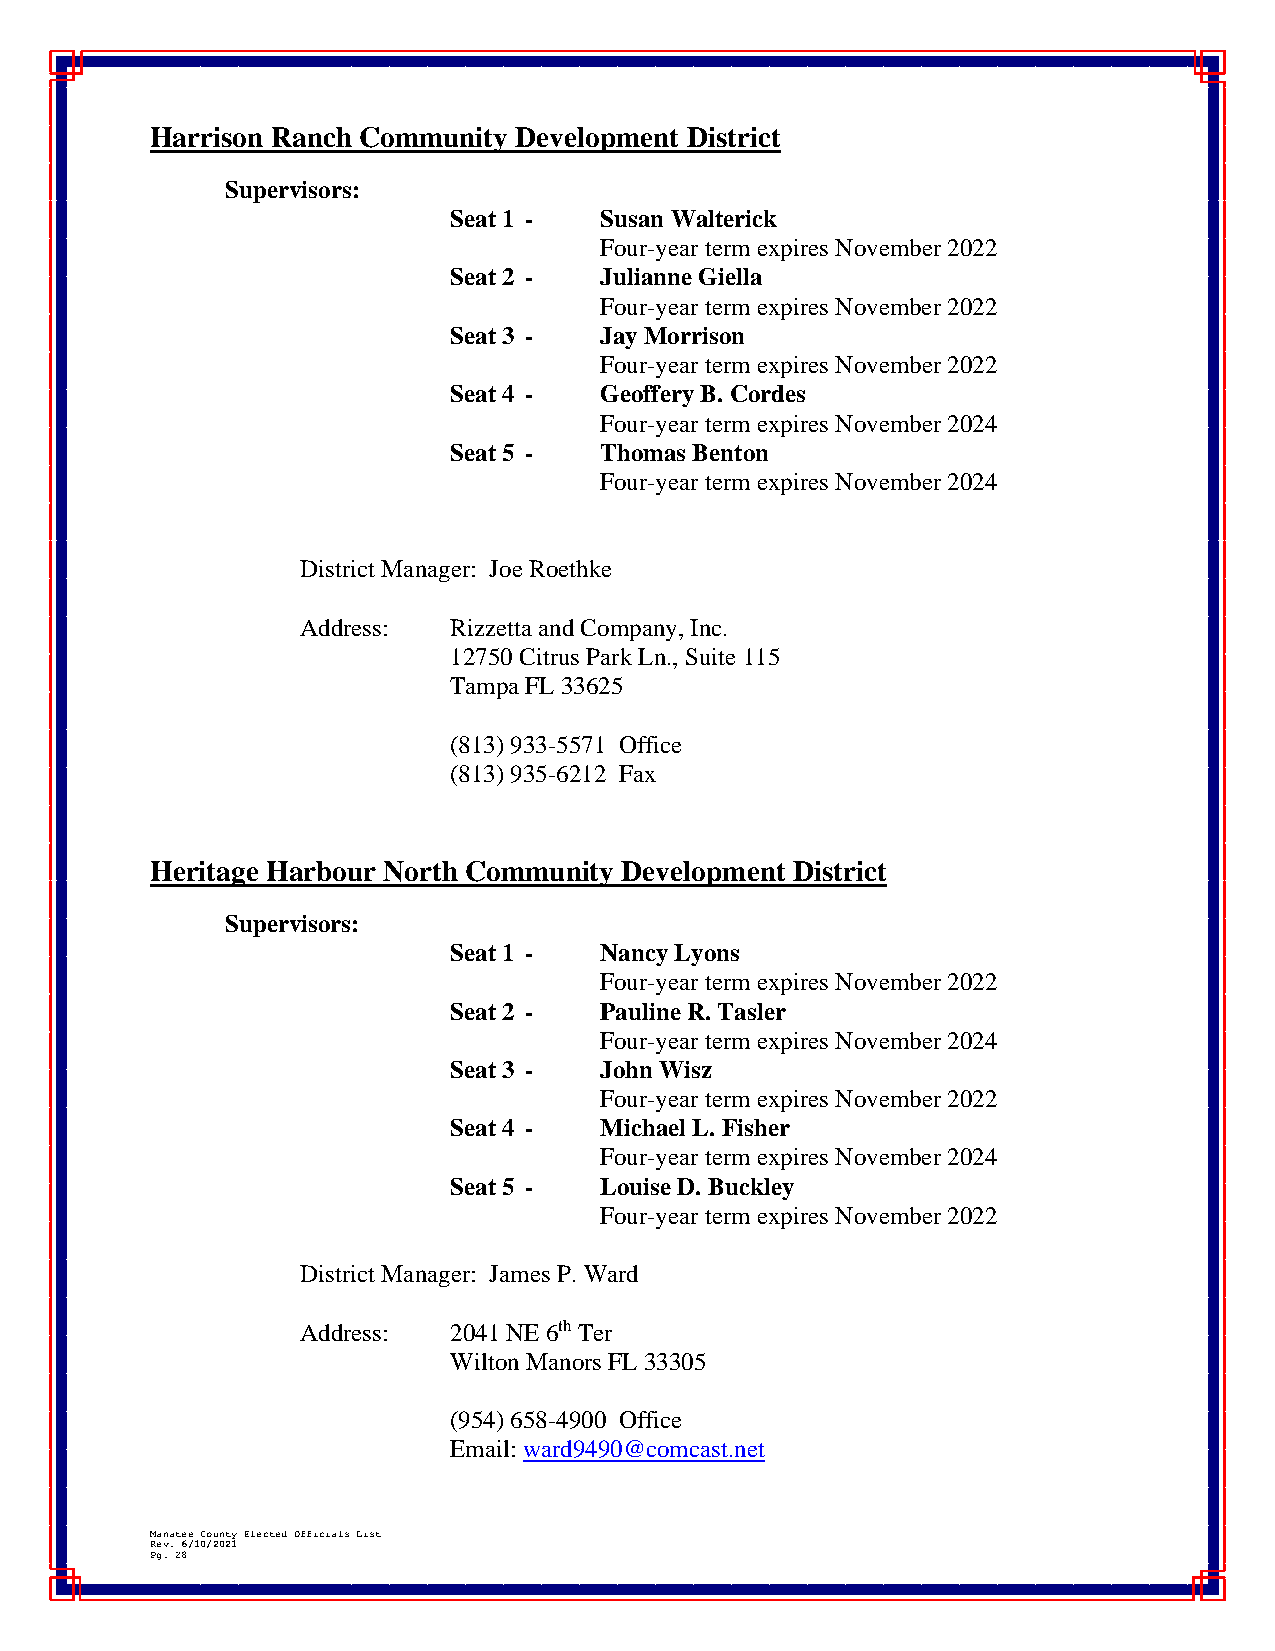
Harrison Ranch Community Development District
 Supervisors:
 Seat 1 -  Susan Walterick
 Four-year term expires November 2022
 Seat 2 -  Julianne Giella
 Four-year term expires November 2022
 Seat 3 -  Jay Morrison
 Four-year term expires November 2022
 Seat 4 -  Geoffery B. Cordes
 Four-year term expires November 2024
 Seat 5 -  Thomas Benton
 Four-year term expires November 2024
 District Manager: Joe Roethke
 Address:  Rizzetta and Company, Inc.
 12750 Citrus Park Ln., Suite 115
 Tampa FL 33625
 (813) 933-5571 Office
 (813) 935-6212 Fax
 Heritage Harbour North Community Development District
 Supervisors:
 Seat 1 -  Nancy Lyons
 Four-year term expires November 2022
 Seat 2 -  Pauline R. Tasler
 Four-year term expires November 2024
 Seat 3 -  John Wisz
 Four-year term expires November 2022
 Seat 4 -  Michael L. Fisher
 Four-year term expires November 2024
 Seat 5 -  Louise D. Buckley
 Four-year term expires November 2022
 District Manager: James P. Ward
 Address:  2041 NE 6th Ter
 Wilton Manors FL 33305
 (954) 658-4900 Office
 Email: ward9490@comcast.net
 Manatee County Elected Officials List
 Rev. 6/10/2021
 Pg. 28